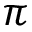
\pi